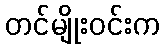
တင်မျိုးဝင်းက